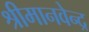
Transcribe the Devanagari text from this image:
श्रीमानवेन्द्र